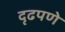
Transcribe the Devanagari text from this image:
दृढपणे